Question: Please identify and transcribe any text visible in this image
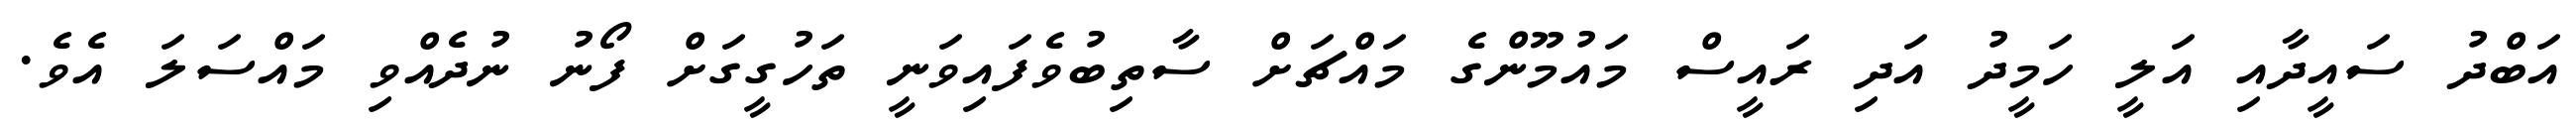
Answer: އަބްދު ސައީދާއި އަލީ ހަމީދު އަދި ރައީސް މައުމޫންގެ މައްޗަށް ސާތިބުވެފައިވަނީ ތަހުގީގަށް ފޯނު ނުދެއްވި މައްސަލަ އެވެ.